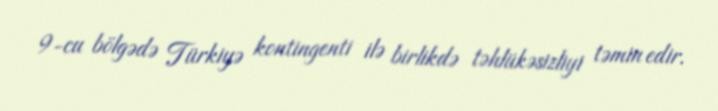
9-cu bölgədə Türkiyə kontingenti ilə birlikdə təhlükəsizliyi təmin edir.